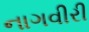
નાગવીરી